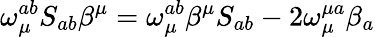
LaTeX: \omega_{\mu}^{ab}S_{ab}\beta^{\mu}=\omega_{\mu}^{ab}\beta^{\mu}S_{ab}-2\omega_{\mu}^{\mu a}\beta_{a}